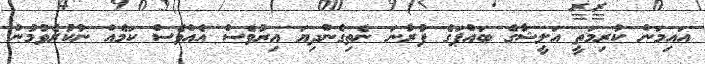
އައިމަން ކުރިމަތީ އަލީޝާގެ ބައްޕަގެ ފުރާނަ ނެތިގެންދިޔަ އިރުވެސް އެއްވެސް ކަމެއް ނުކުރެވުމުން